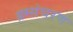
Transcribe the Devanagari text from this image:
क्र्म्संचरण